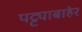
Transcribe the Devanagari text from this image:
पट्ट्याबाहेर